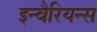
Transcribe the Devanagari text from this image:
इन्वैरियन्स